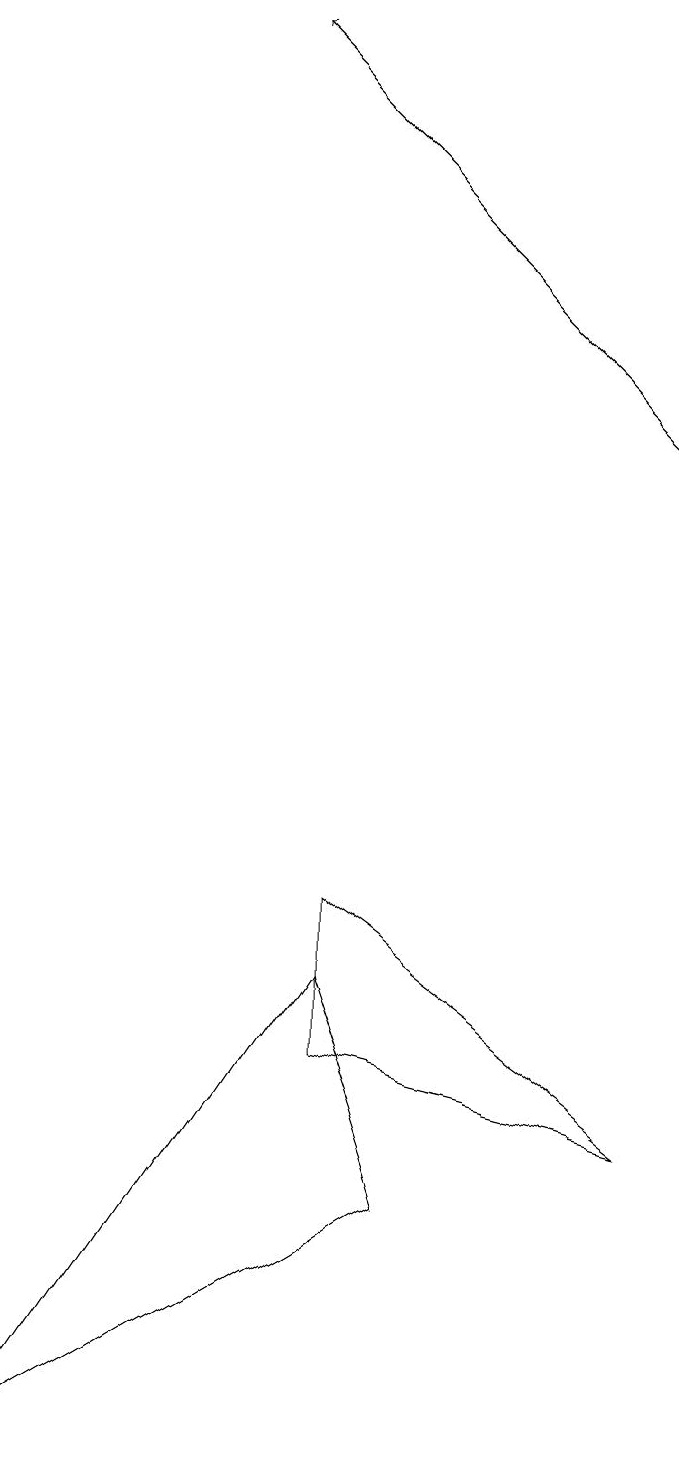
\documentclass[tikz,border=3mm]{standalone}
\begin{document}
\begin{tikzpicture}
\draw (5,7) -- (9,4) -- (5,5) -- cycle;
\draw (6,3) -- (5,6) -- (1,0) -- cycle;
\draw[->] (9,13) -- (4,18);
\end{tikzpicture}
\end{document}